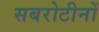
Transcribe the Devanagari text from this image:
सबरोटीनों